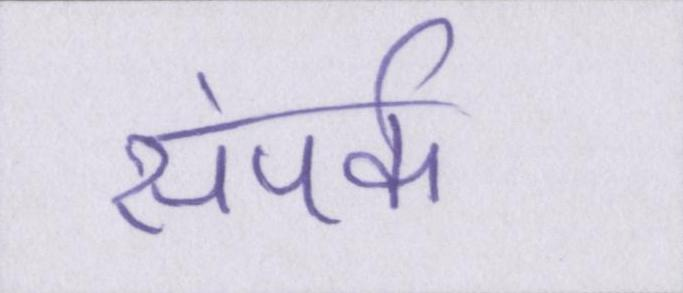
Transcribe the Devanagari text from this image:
संपर्क